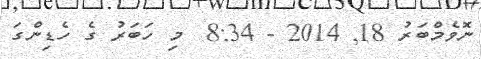
ނޮވެމްބަރު 18